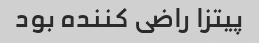
پیتزا راضی کننده بود